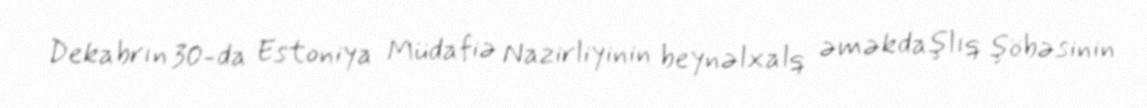
Dekabrın 30-da Estoniya Müdafiə Nazirliyinin beynəlxalq əməkdaşlıq şöbəsinin